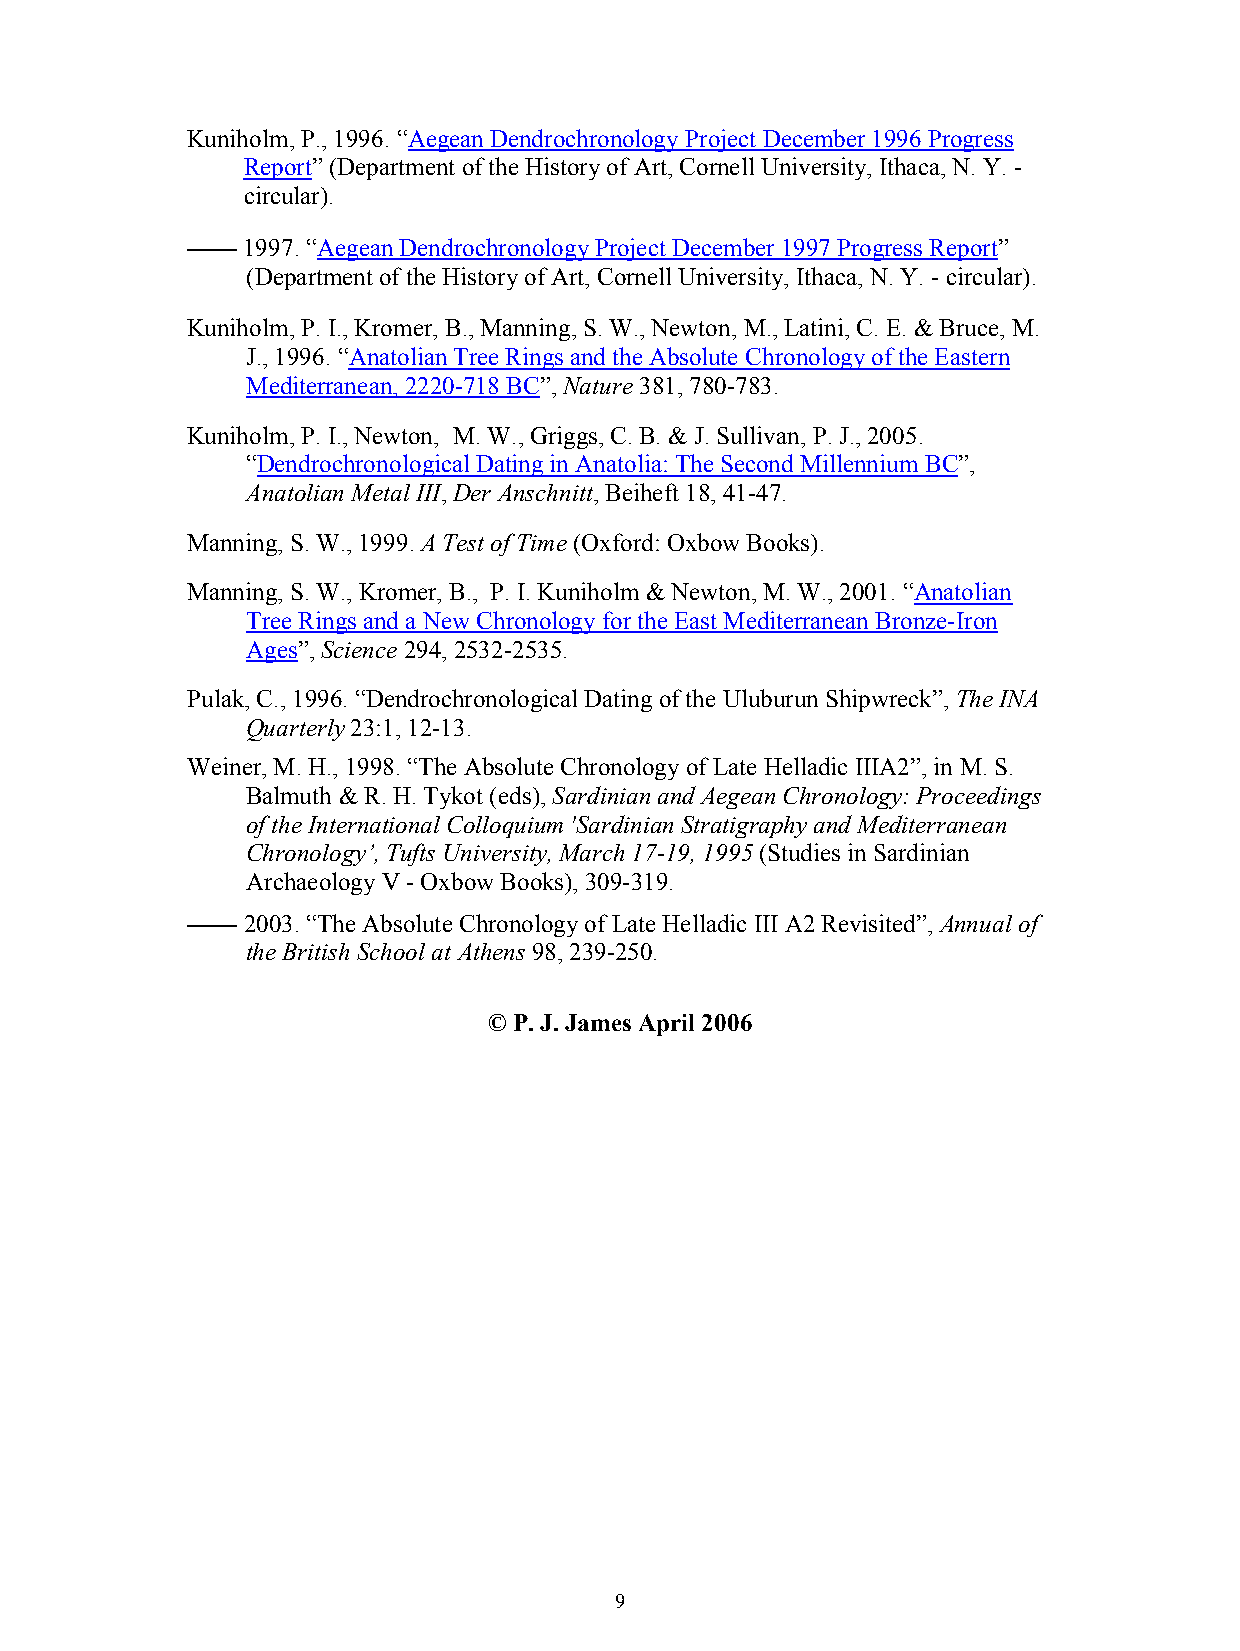
Kuniholm, P., 1996. “Aegean Dendrochronology Project December 1996 Progress
 Report” (Department of the History of Art, Cornell University, Ithaca, N. Y. -
 circular).
 –––– 1997. “Aegean Dendrochronology Project December 1997 Progress Report”
 (Department of the History of Art, Cornell University, Ithaca, N. Y. - circular).
 Kuniholm, P. I., Kromer, B., Manning, S. W., Newton, M., Latini, C. E. & Bruce, M.
 J., 1996. “Anatolian Tree Rings and the Absolute Chronology of the Eastern
 Mediterranean, 2220-718 BC”, Nature 381, 780-783.
 Kuniholm, P. I., Newton, M. W., Griggs, C. B. & J. Sullivan, P. J., 2005.
 “Dendrochronological Dating in Anatolia: The Second Millennium BC”,
 Anatolian Metal III, Der Anschnitt, Beiheft 18, 41-47.
 Manning, S. W., 1999. A Test of Time (Oxford: Oxbow Books).
 Manning, S. W., Kromer, B., P. I. Kuniholm & Newton, M. W., 2001. “Anatolian
 Tree Rings and a New Chronology for the East Mediterranean Bronze-Iron
 Ages”, Science 294, 2532-2535.
 Pulak, C., 1996. “Dendrochronological Dating of the Uluburun Shipwreck”, The INA
 Quarterly 23:1, 12-13.
 Weiner, M. H., 1998. “The Absolute Chronology of Late Helladic IIIA2”, in M. S.
 Balmuth & R. H. Tykot (eds), Sardinian and Aegean Chronology: Proceedings
 of the International Colloquium 'Sardinian Stratigraphy and Mediterranean
 Chronology’, Tufts University, March 17-19, 1995 (Studies in Sardinian
 Archaeology V - Oxbow Books), 309-319.
 –––– 2003. “The Absolute Chronology of Late Helladic III A2 Revisited”, Annual of
 the British School at Athens 98, 239-250.
 © P. J. James April 2006
 9